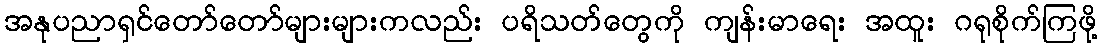
အနုပညာရှင်တော်တော်များများကလည်း ပရိသတ်တွေကို ကျန်းမာရေး အထူး ဂရုစိုက်ကြဖို့